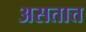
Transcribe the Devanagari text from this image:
असतात्त